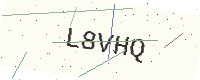
Text: L8VHQ